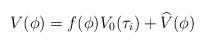
LaTeX: \begin{align*}V(\phi)=f(\phi) V_{0}(\tau_{i}) + \widehat V(\phi)\end{align*}